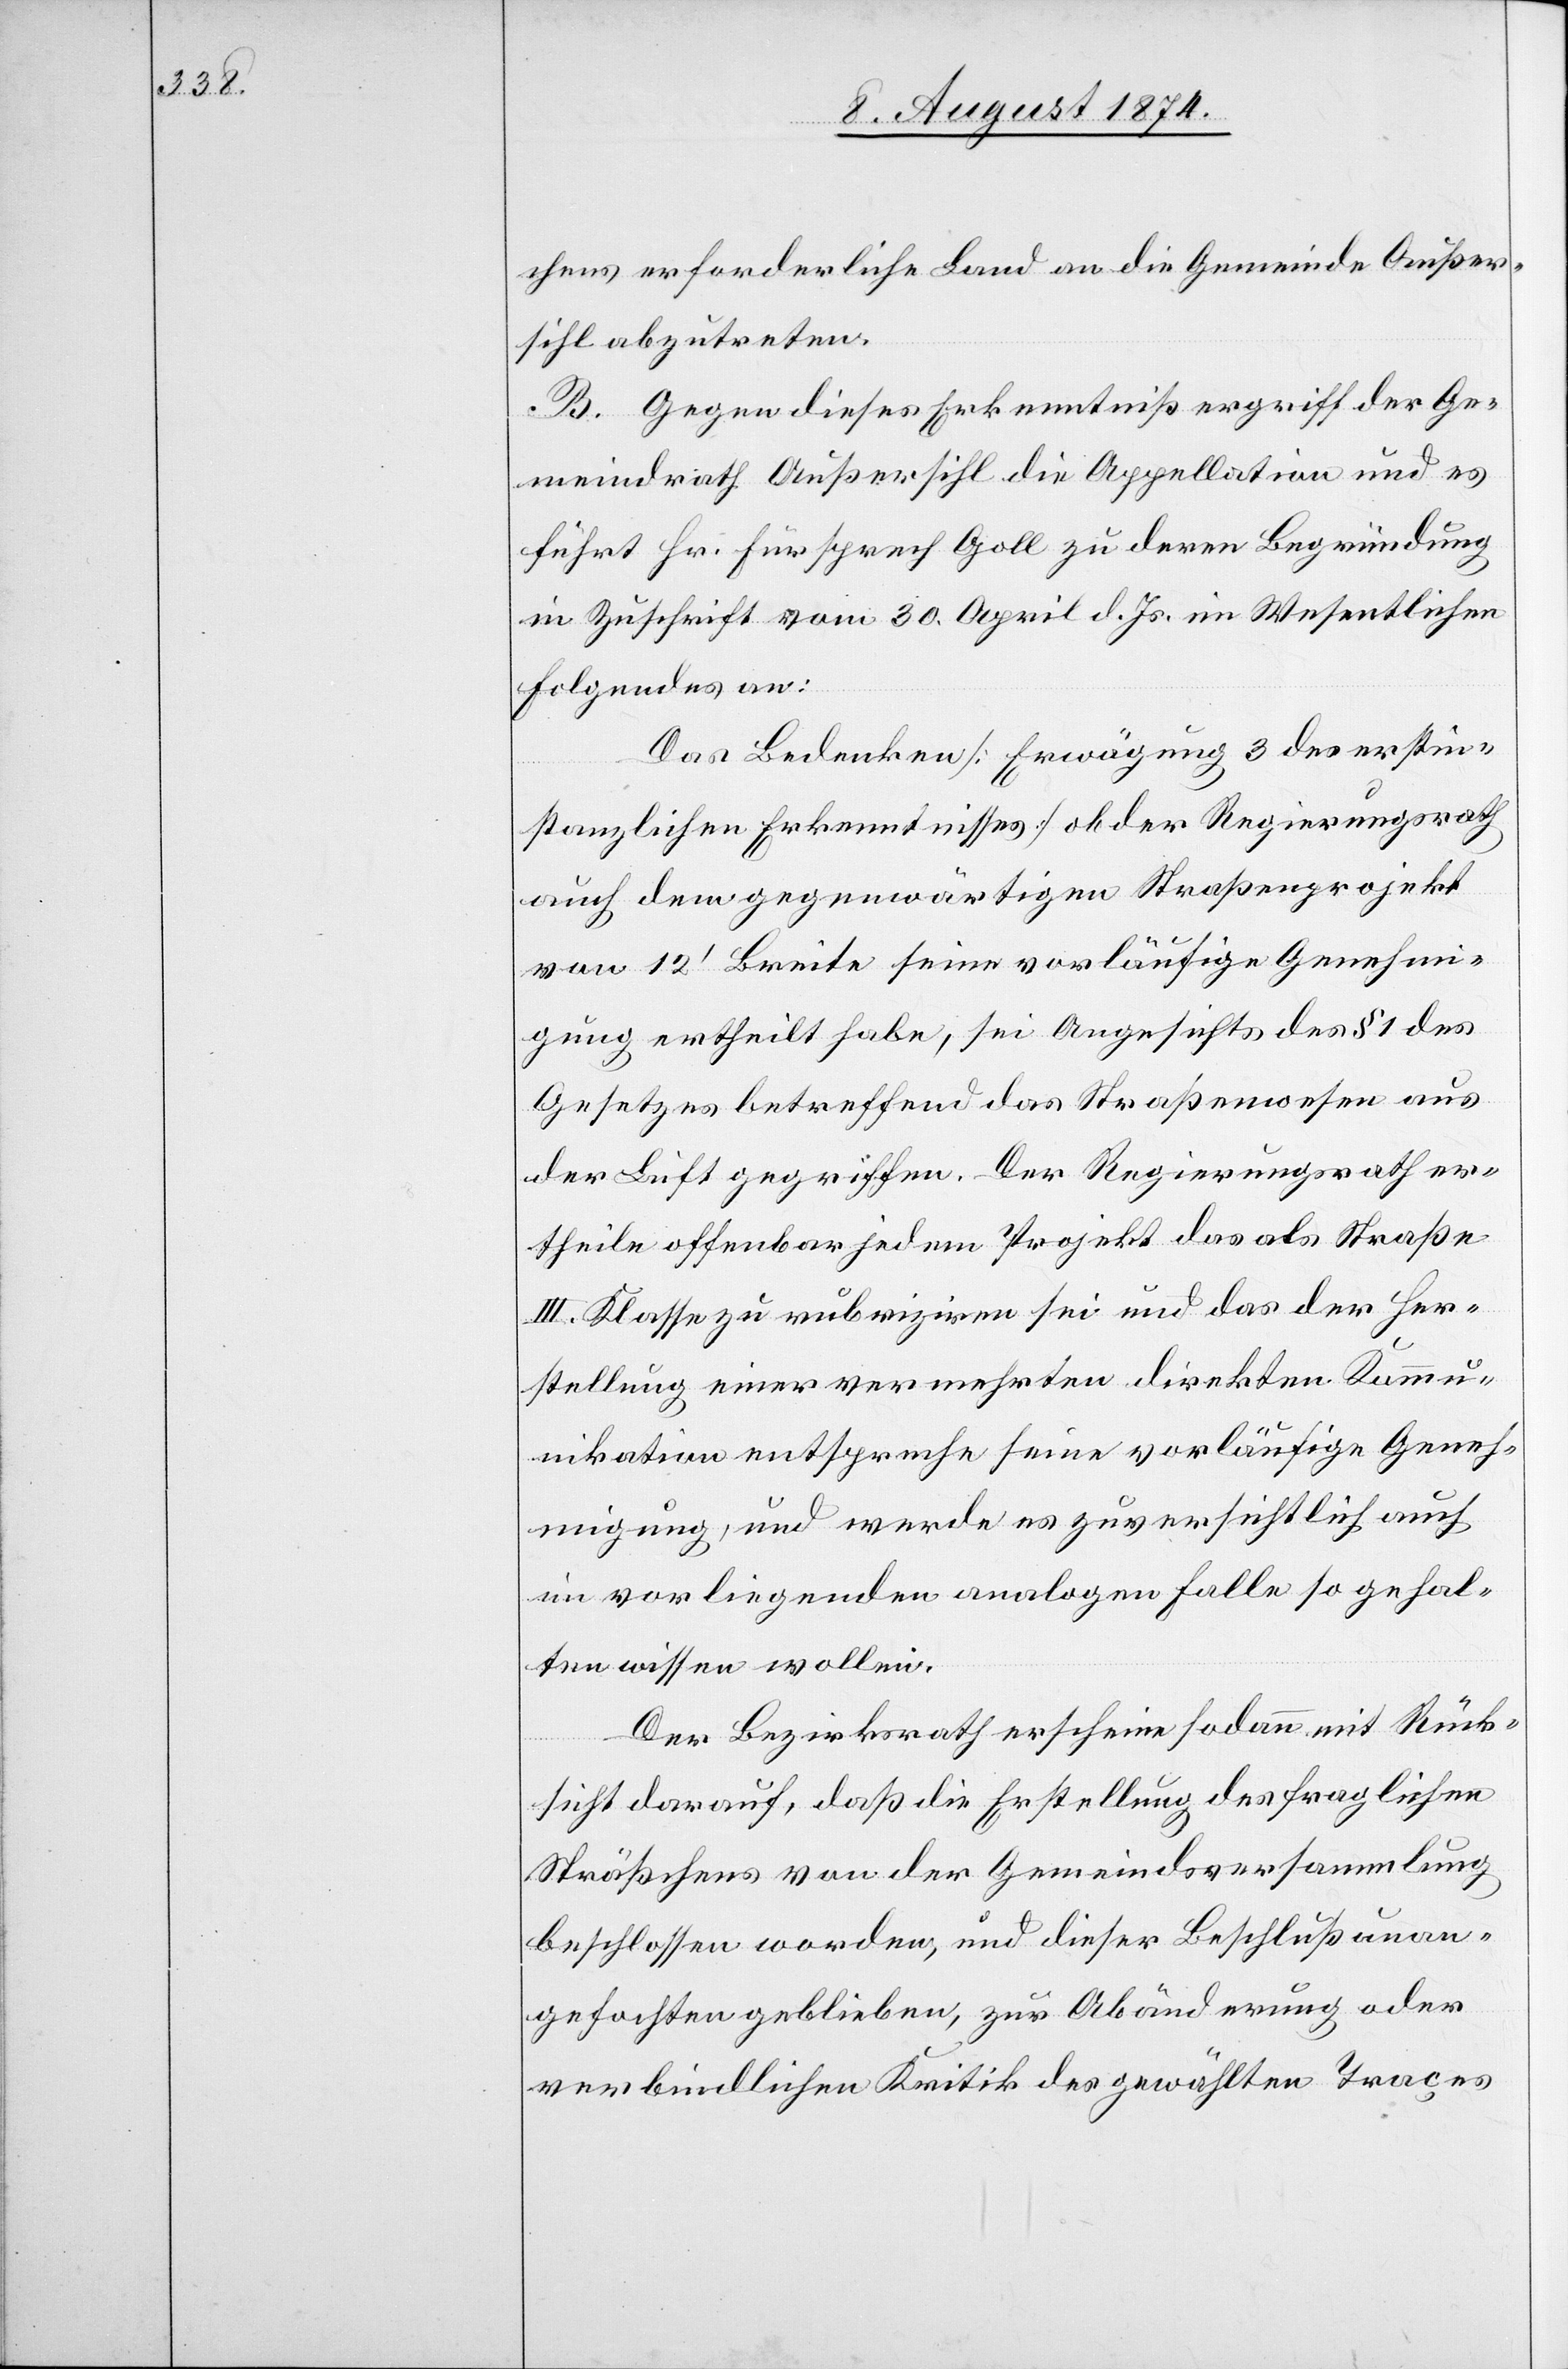
chens erforderliche Land an die Gemeinde Außer¬
sihl abzutreten.
B. Gegen dieses Erkenntniß ergriff der Ge¬
meindrath Außersihl die Appellation und es
führt Hr. Fürsprech Goll zu deren Begründung
in Zuschrift vom 30. April d. Js. im Wesentlichen
Folgendes an:
Das Bedenken [Erwägung 3 des erstin¬
stanzlichen Erkenntnisses] ob der Regierungsrath
auch dem gegenwärtigen Straßenprojekt
von 12‘ Breite seine vorläufige Genehmi¬
gung ertheilt habe, sei Angesichts des § 1 des
Gesetzes betreffend das Straßenwesen aus
der Luft gegriffen. Der Regierungsrath er¬
theile offenbar jedem Projekt das als Straße
III. Klasse zu rubriziren sei und das der Her¬
stellung einer vermehrten direkten Kommu¬
nikation entspreche seine vorläufige Geneh¬
migung, und werde es zuversichtlich auch
im vorliegenden analogen Falle so gehal¬
ten wissen wollen.
Der Bezirksrath erscheine sodann mit Rück¬
sicht darauf, daß die Erstellung des fraglichen
Sträßchens von der Gemeindsversammlung
beschlossen worden, und dieser Beschluß unan¬
gefochten geblieben, zur Abänderung oder
verbindlichen Kritik des gewählten Traces